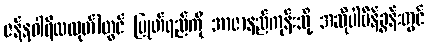
ဇန်နဝါရီလထုတ်)တွင် ပြုတ်ရည်ကို အာဇာနည်ကုန်းသို့ အဆိုပါမိန့်ခွန်းတွင်